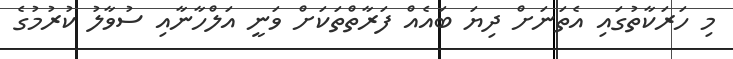
މި ހަރަކާތުގައި އެތަނަށް ދިޔަ ބައެއް ފަރާތްތަކަށް ވަނީ އަލްހާނާއި ސުވާލު ކުރުމުގެ